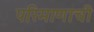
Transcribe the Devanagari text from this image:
परिमाणाची